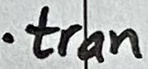
Text: .tran